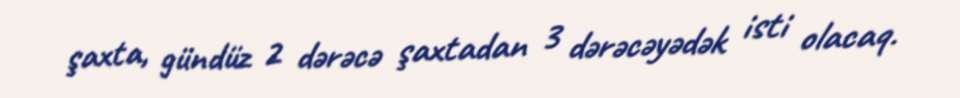
şaxta, gündüz 2 dərəcə şaxtadan 3 dərəcəyədək isti olacaq.